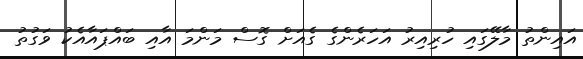
އައިންތު މާލޭގައި ހުރިއިރު އަހަރެންގެ ގެއަށް ގޮސް މަންމަ އާއި ބައްޕައާއެކު ވަގުތު